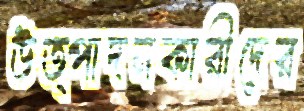
উত্পাদনকারীদের